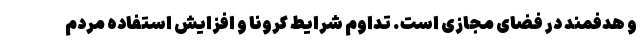
و هدفمند در فضای مجازی است. تداوم شرایط کرونا و افزایش استفاده مردم